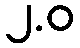
၂.ဝ